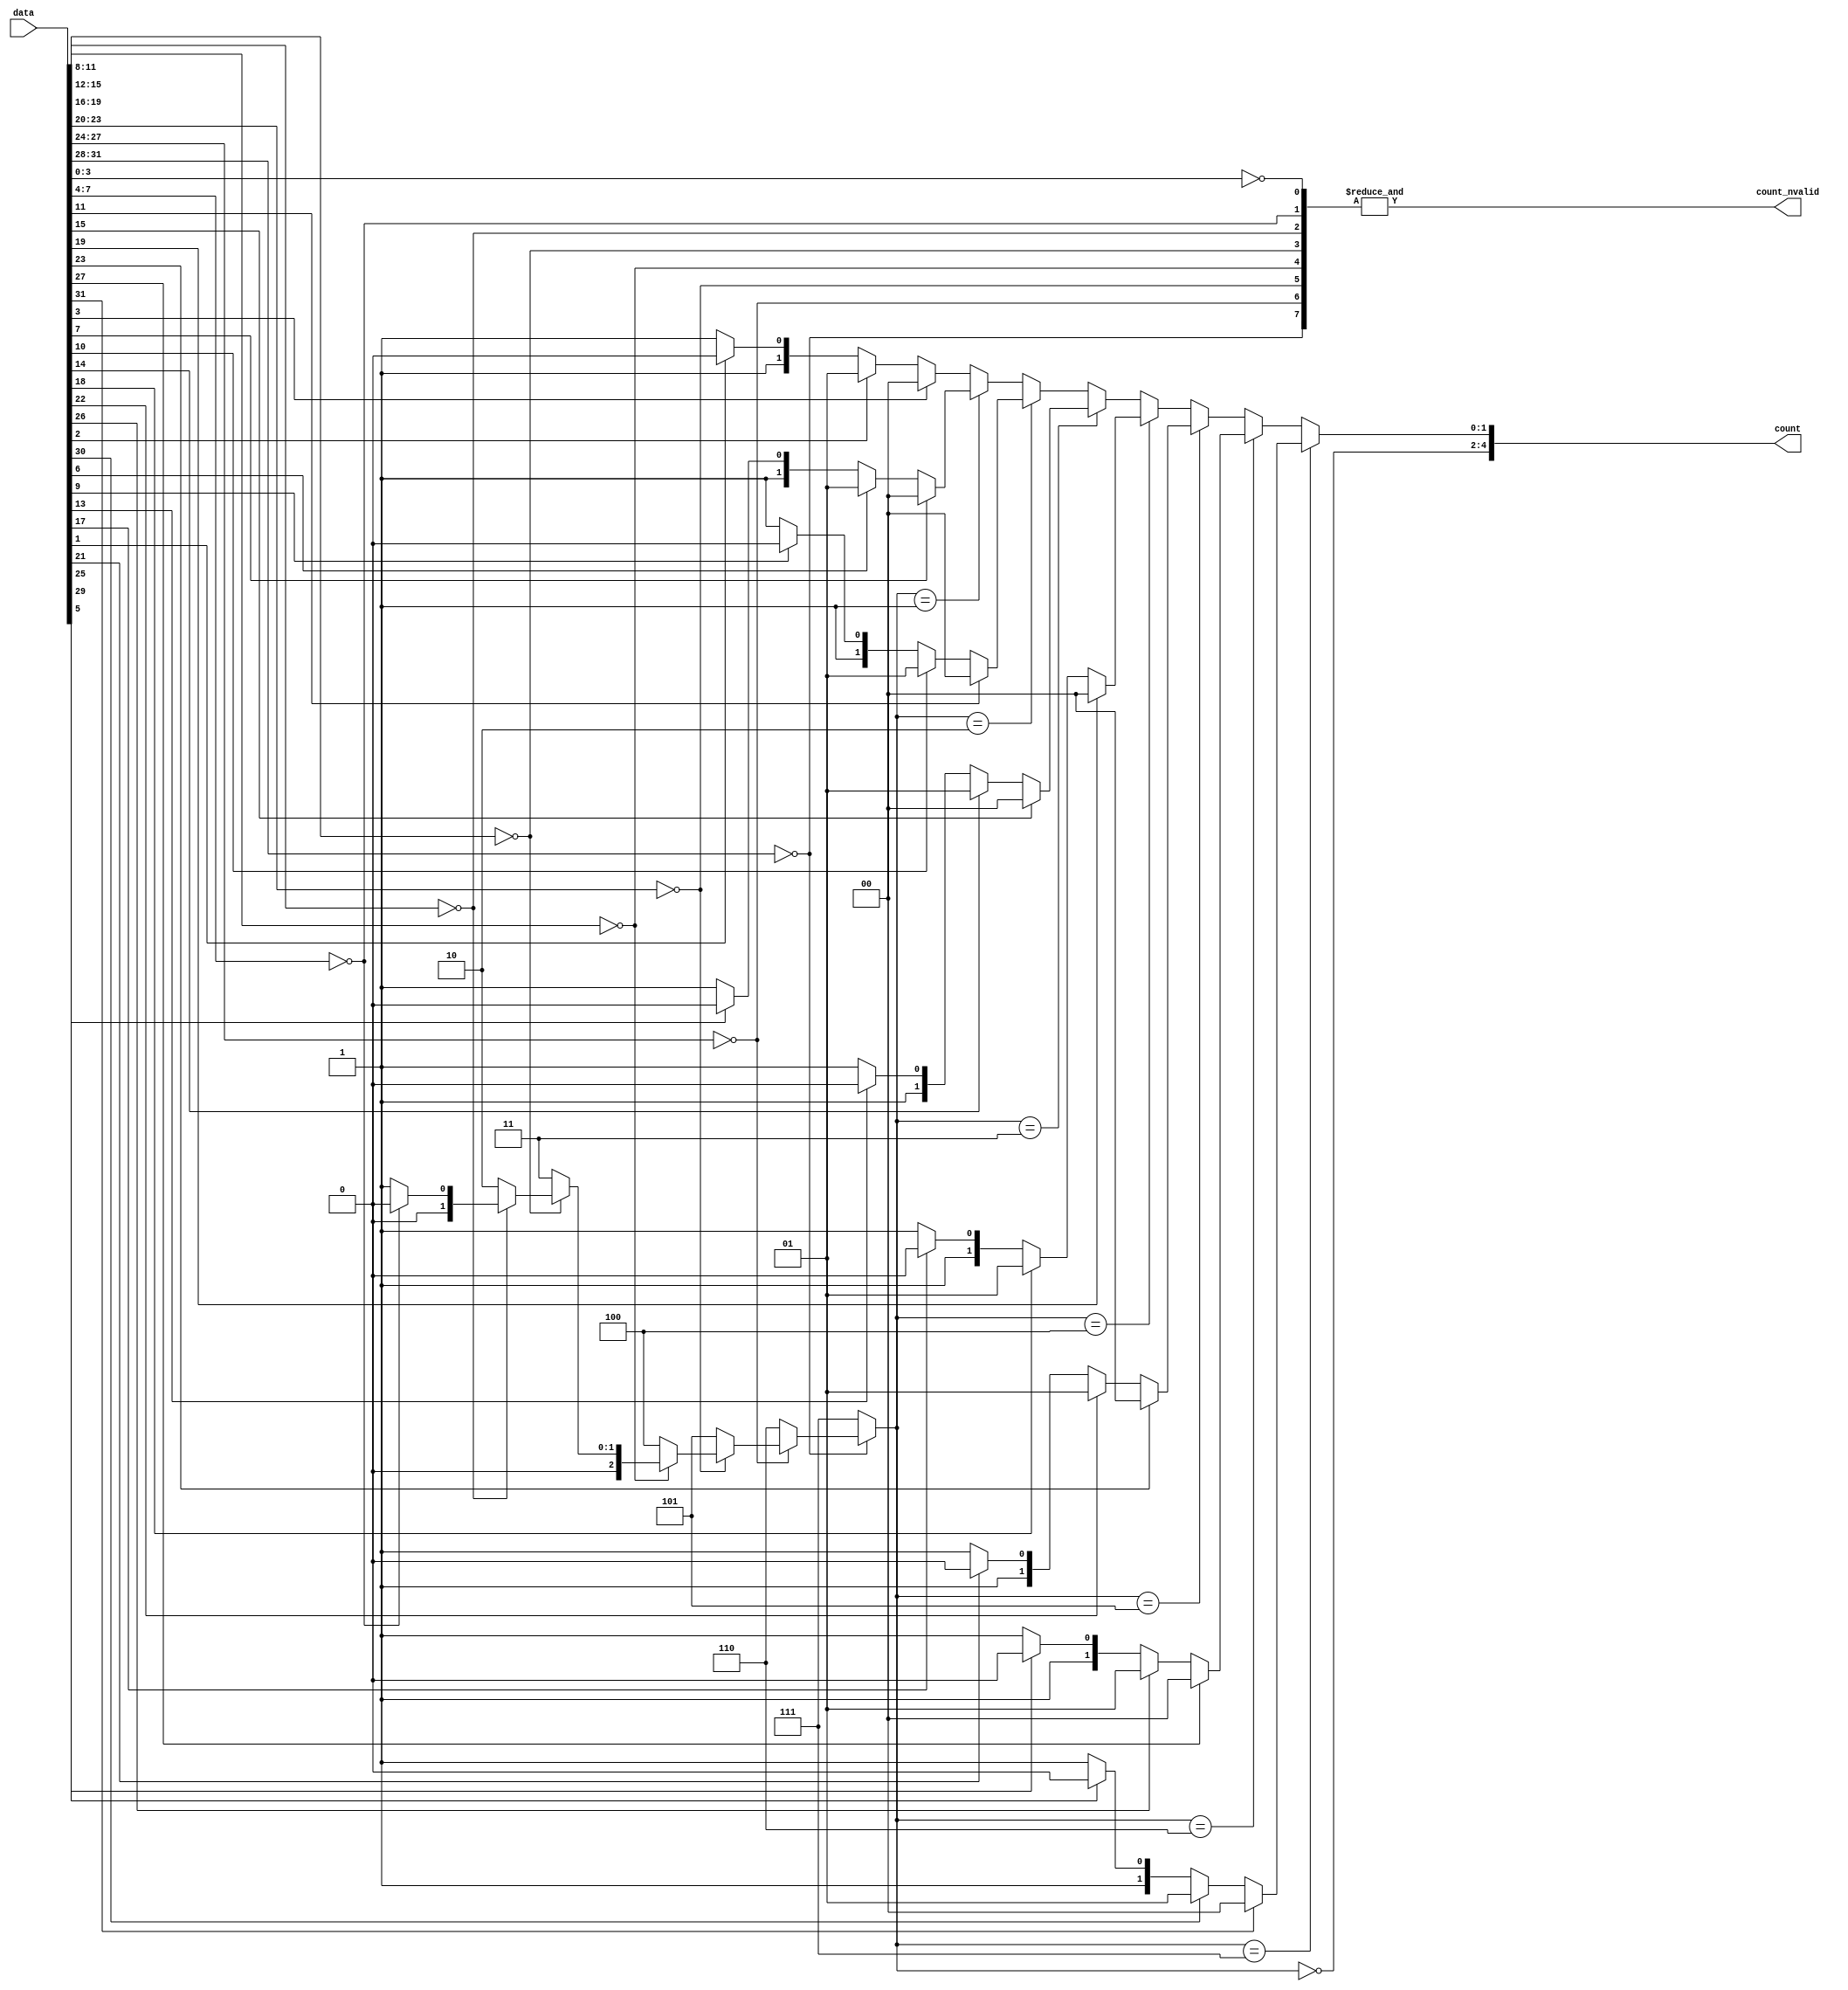
///////////////////////////////////////////////////////////////////////////////
// COUNT LEADING ZEROS (up to 32-bit)
//
// MODULUS4 CLZ ALGO
//
// Copyright (c) 2016-2019 Fairwaves, Inc.
// SPDX-License-Identifier: CERN-OHL-W-2.0
//
///////////////////////////////////////////////////////////////////////////////

module clz #(
  parameter B_WIDTH = 5
) (
  input [2**B_WIDTH - 1:0] data,

  output [B_WIDTH - 1:0] count,
  output                 count_nvalid
);

wire [2**(B_WIDTH - 1) - 1:0] decode_mod4;
wire [2**(B_WIDTH - 2) - 1:0] empty_mod4;

genvar i;
generate
for (i = 0; i < 2**(B_WIDTH - 2); i=i+1) begin: mod4_blk
  assign decode_mod4[2 * i + 1:2 * i] =
    data[4 * i + 3] ? 2'b00 :
    data[4 * i + 2] ? 2'b01 :
    data[4 * i + 1] ? 2'b10 : 2'b11;

  assign empty_mod4[i] = (data[4 * i + 3:4 * i] == 4'h0);
end
endgenerate

assign count_nvalid = &empty_mod4;

generate

if (B_WIDTH == 5) begin
  wire [2:0] select_mod = (~empty_mod4[7]) ? 3'h7 :
                          (~empty_mod4[6]) ? 3'h6 :
                          (~empty_mod4[5]) ? 3'h5 :
                          (~empty_mod4[4]) ? 3'h4 :
                          (~empty_mod4[3]) ? 3'h3 :
                          (~empty_mod4[2]) ? 3'h2 :
                          (~empty_mod4[1]) ? 3'h1 : 3'h0;
  wire [1:0] mod4_bits  = (select_mod == 7) ? decode_mod4[15:14] :
                          (select_mod == 6) ? decode_mod4[13:12] :
                          (select_mod == 5) ? decode_mod4[11:10] :
                          (select_mod == 4) ? decode_mod4[9:8] :
                          (select_mod == 3) ? decode_mod4[7:6] :
                          (select_mod == 2) ? decode_mod4[5:4] :
                          (select_mod == 1) ? decode_mod4[3:2] : decode_mod4[1:0];
  assign count = { ~select_mod, mod4_bits };
end else if (B_WIDTH == 4) begin
  wire [1:0] select_mod = (~empty_mod4[3]) ? 2'h3 :
                          (~empty_mod4[2]) ? 2'h2 :
                          (~empty_mod4[1]) ? 2'h1 : 2'h0;
  wire [1:0] mod4_bits  = (select_mod == 3) ? decode_mod4[7:6] :
                          (select_mod == 2) ? decode_mod4[5:4] :
                          (select_mod == 1) ? decode_mod4[3:2] : decode_mod4[1:0];
  assign count = { ~select_mod, mod4_bits };
end else if (B_WIDTH == 3) begin
  wire       select_mod = (~empty_mod4[1]);
  wire [1:0] mod4_bits  = (select_mod) ? decode_mod4[3:2] : decode_mod4[1:0];
  assign count = { ~select_mod, mod4_bits };
end else if (B_WIDTH == 2) begin
  assign count = decode_mod4;
end

endgenerate

endmodule